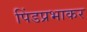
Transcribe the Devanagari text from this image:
पिंडप्रभाकर